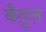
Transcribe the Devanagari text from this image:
बेैतुल